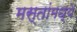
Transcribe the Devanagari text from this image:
मस्तांमध्ये